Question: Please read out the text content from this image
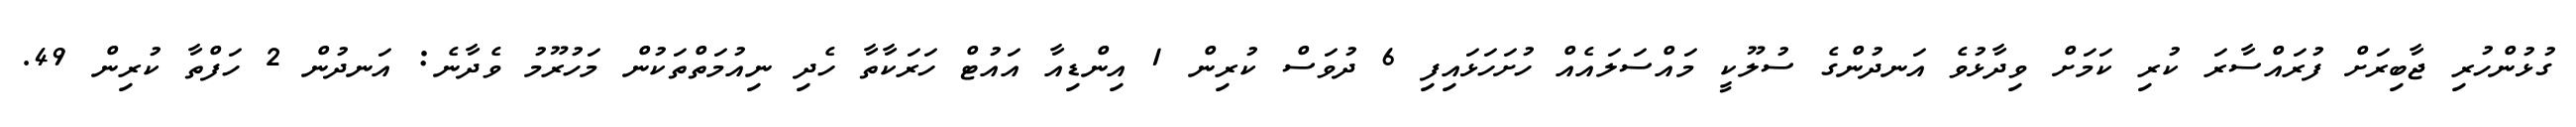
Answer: ގުޅުންހުރި ޖާބިރަށް ފުރައްސާރަ ކުރި ކަމަށް ވިދާޅުވެ އަނދުންގެ ސުލޫކީ މައްސަލައެއް ހުށަހަޅައިފި 6 ދުވަސް ކުރިން 1 އިންޑިއާ އައުޓް ހަރަކާތާ ހެދި ނިއުމަތްތަކުން މަހުރޫމު ވެދާނެ: އަނދުން 2 ހަފްތާ ކުރިން 49.